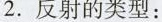
2.反射的类型：